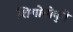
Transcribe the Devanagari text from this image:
शिगोनोबुने